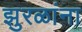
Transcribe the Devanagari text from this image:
झुरळांना